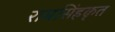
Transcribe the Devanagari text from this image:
रामसिंहकृत